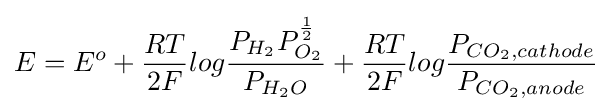
E=E^{o}+{\frac {RT}{2F}}log{\frac {P_{H_{2}}P_{O_{2}}^{\frac {1}{2}}}{P_{H_{2}O}}}+{\frac {RT}{2F}}log{\frac {P_{CO_{2},cathode}}{P_{CO_{2},anode}}}